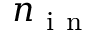
n _ { \mathrm { ~ i ~ n ~ } }